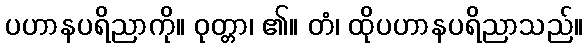
ပဟာနပရိညာကို။ ဝုတ္တာ၊ ၏။ တံ၊ ထိုပဟာနပရိညာသည်။